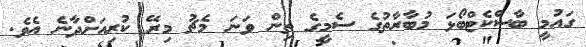
ގައުމީ ބާސްކެޓްބޯޅަ މުބާރާތުގެ ސެމީގެ ތިން ވަނަ މެޗު މިރޭ ކުރިއަށްދާނެ އެވެ.